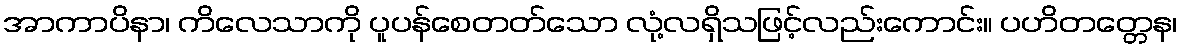
အာကာပိနာ၊ ကိလေသာကို ပူပန်စေတတ်သော လုံ့လရှိသဖြင့်လည်းကောင်း။ ပဟိတတ္တေန၊